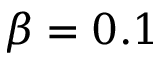
\beta = 0 . 1